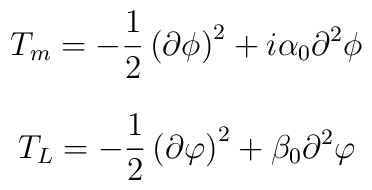
T_m = - {1 \over 2}\left( \partial\phi \right)^2 +i\alpha_0\partial ^2 \phi$$$$T_L =  - {1 \over 2}\left( \partial\varphi \right)^2 +\beta_0\partial ^2 \varphi